Report of the Indian Hemp Drugs Commission, 1894-1895 - Volume V
Year: 1894
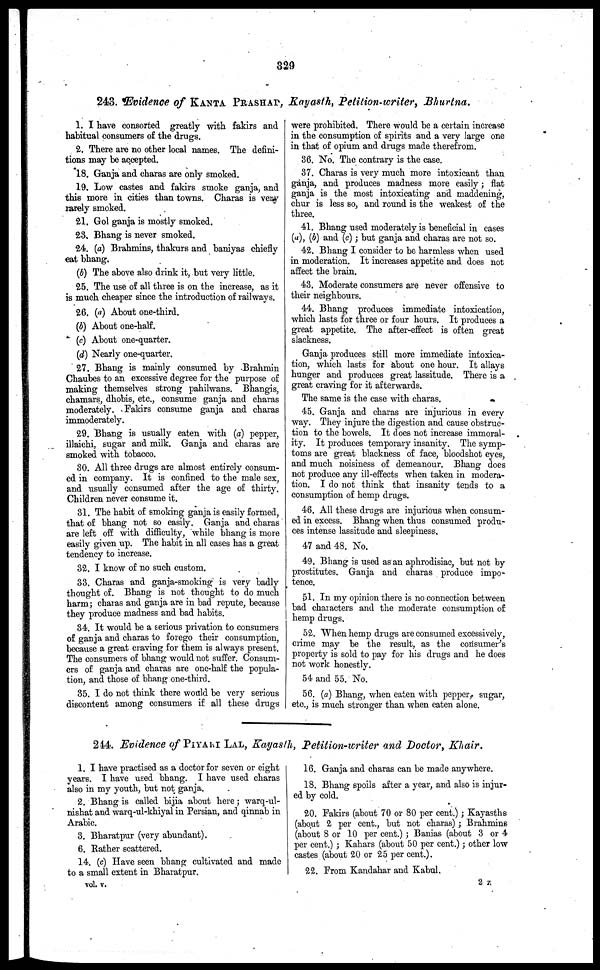
329
248. Evidence of KANTA PRASHAP, Kayasth, Petition-writer, Bhurtna.
1. I have consorted greatly with fakirs and
habitual consumers of the drugs.
2. There are no other local names. The defini-
tions may be accepted.
18. Ganja and charas are only smoked.
19. Low castes and fakirs smoke ganja, and
this more in cities than towns. Charas is very
rarely smoked.
21. Gol ganja is mostly smoked.
23. Bhang is never smoked.
24. (a) Brahmins, thakurs and baniyas chiefly
eat bhang.
(b) The above also drink it, but very little.
25. The use of all three is on the increase, as it
is much cheaper since the introduction of railways.
26. (a) About one-third.
(b) About one-half.
(c) About one-quarter.
(d) Nearly one-quarter.
27. Bhang is mainly consumed by Brahmin
Chaubes to an excessive degree for the purpose of
making themselves strong pahilwans. Bhangis,
chamars, dhobis, etc., consume ganja and charas
moderately. Fakirs consume ganja and charas
immoderately.
29. Bhang is usually eaten with (a) pepper,
illaichi, sugar and milk. Ganja and charas are
smoked with tobacco.
30. All three drugs are almost entirely consum-
ed in company. It is confined to the male sex,
and usually consumed after the age of thirty.
Children never consume it.
31. The habit of smoking ganja is easily formed,
that of bhang not so easily. Ganja and charas
are left off with difficulty, while bhang is more
easily given up. The habit in all eases has a great
tendency to increase.
32. I know of no such custom.
33. Charas and ganja-smoking is very badly
thought of. Bhang is not thought to do much
harm; charas and ganja are in bad repute, because
they produce madness and bad habits.
34. It would be a serious privation to consumers
of ganja and charas to forego their consumption,
because a great craving for them is always present.
The consumers of bhang would not suffer. Consum-
ers of ganja and charas are one-half the popula-
tion, and those of bhang one-third.
35. I do not think there would be very serious
discontent among consumers if all these drugs
were prohibited. There would be a certain increase
in the consumption of spirits and a very large one
in that of opium and drugs made therefrom.
36. No. The contrary is the case.
37. Charas is very much more intoxicant than
ganja, and produces madness more easily; flat
ganja is the most intoxicating and maddening,
chur is less so, and round is the weakest of the
three.
41. Bhang used moderately is beneficial in cases
(a), (b) and (c); but ganja and charas are not so.
42. Bhang I consider to be harmless when used
in moderation. It increases appetite and does not
affect the brain.
43. Moderate consumers are never offensive to
their neighbours.
44. Bhang produces immediate intoxication,
which lasts for three or four hours. It produces a
great appetite. The after-effect is often great
slackness.
Ganja produces still more immediate intoxica-
tion, winch lasts for about one hour. It allays
hunger and produces great lassitude. There is a
great craving for it afterwards.
The same is the case with charas.
45. Ganja and charas are injurious in every
way. They injure the digestion and cause obstruc-
tion to the bowels. It does not increase immoral-
ity. It produces temporary insanity. The symp-
toms are great blackness of face, bloodshot eyes,
and much noisiness of demeanour. Bhang does
not produce any ill-effects when taken in modera-
tion. I do not think that insanity tends to a
consumption of hemp drugs.
46. All these drugs are injurious when consum-
ed in excess. Bhang when thus consumed produ-
ces intense lassitude and sleepiness.
47 and 48. No.
49. Bhang is used as an aphrodisiac, but not by
prostitutes. Ganja and charas produce impo-
tence.
51. In my opinion there is no connection between
bad characters and the moderate consumption of
hemp drugs.
52. When hemp drugs are consumed excessively,
crime may be the result, as the consumer's
property is sold to pay for his drugs and he does
not work honestly.
54 and 55. No.
56. (a) Bhang, when eaten with pepper, sugar,
etc., is much stronger than when eaten alone.
244. Evidence of PIYAKI LAL, Kayasth, Petition-writer and Doctor, Khair.
1. I have practised as a doctor for seven or eight
years. I have used bhang. I have used charas
also in my youth, but not ganja.
2. Bhang is called bijia about here; warq-ul-
nishat and warq-ul-khiyal in Persian, and qinnab in
Arabic.
3. Bharatpur (very abundant).
6. Rather scattered.
14. (c) Have seen bhang cultivated and made
to a small extent in Bharatpur.
16. Ganja and charas can be made anywhere.
18. Bhang spoils after a year, and also is injur-
ed by cold.
20. Fakirs (about 70 or 80 per cent.); Kayasths
(about 2 per cent., but not charas); Brahmins
(about 8 or 10 per cent.); Banias (about 3 or 4
per cent.); Kahars (about 50 per cent.); other low
castes (about 20 or 25 per cent.).
22. From Kandahar and Kabul.
vol. v.
2 z